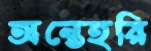
অন্তেহরি